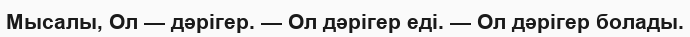
Мысалы, Ол — дәрігер. — Ол дәрігер еді. — Ол дәрігер болады.